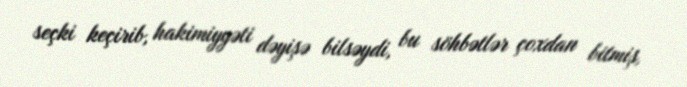
seçki keçirib, hakimiyyəti dəyişə bilsəydi, bu söhbətlər çoxdan bitmiş,